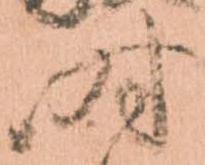
時